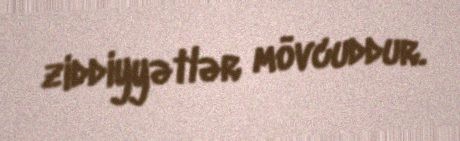
ziddiyyətlər mövcuddur.